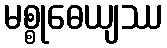
မစ္စုဓေယျဿ